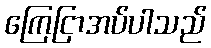
ကြေငြာအပ်ပါသည်